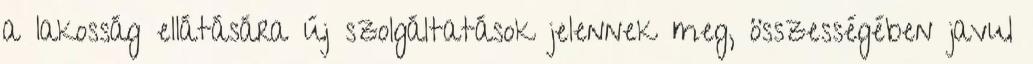
a lakosság ellátására új szolgáltatások jelennek meg, összességében javul